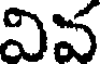
వివ